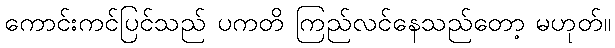
ကောင်းကင်ပြင်သည် ပကတိ ကြည်လင်နေသည်တော့ မဟုတ်။